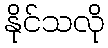
နိုင်သလို